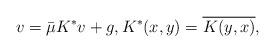
LaTeX: \begin{align*} v = \bar{\mu}K^{*}v+ g, K^{*}(x,y) = \overline{K(y,x)}, \end{align*}